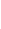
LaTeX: \! \! \! \! \! \! \! \! \! \! \! |\! \! \! \! \! \! \! \! \! \! \! \! |A\! \! \! \! \! \! \! \! \! \! \! \! _{\! }\! \! \! \! \! \! \! \! \! \! \! 1\! \! \! \! \! \! \! \! \! \! \! \! (\! \! \! \! \! \! \! \! \! \! \! \! \mathbf{x}\! \! \! \! \! \! \! \! \! \! \! \! )\! \! \! \! \! \! \! \! \! \! \! \! -A\! \! \! \! \! \! \! \! \! \! \! \! _{\! }\! \! \! \! \! \! \! \! \! \! \! 0\! \! \! \! \! \! \! \! \! \! \! \! (\! \! \! \! \! \! \! \! \! \! \! \! \mathbf{x}\! \! \! \! \! \! \! \! \! \! \! \! )\! \! \! \! \! \! \! \! \! \! \! \! |\! \! \! \! \! \! \! \! \! \! \! \! |\! \! \! \! \! \! \! \! \! \! \! \! <\! \! \! \! \! \! \! \! \! \! \! \! |\! \! \! \! \! \! \! \! \! \! \! \! |A\! \! \! \! \! \! \! \! \! \! \! \! _{\! }\! \! \! \! \! \! \! \! \! \! \! 0\! \! \! \! \! \! \! \! \! \! \! \! (\! \! \! \! \! \! \! \! \! \! \! \! \mathbf{x}\! \! \! \! \! \! \! \! \! \! \! \! )\! \! \! \! \! \! \! \! \! \! \! \! |\! \! \! \! \! \! \! \! \! \! \! \! |\! \! \! \! \! \! \! \! \! \! \!